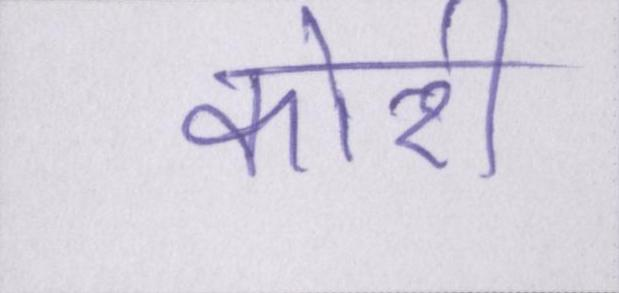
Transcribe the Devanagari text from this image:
कोरी